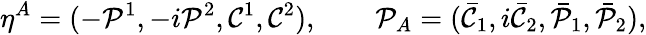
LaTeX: \eta^{A}=(-{\cal P}^{1},-i{\cal P}^{2},{\cal C}^{1},{\cal C}^{2}),\qquad{\cal P}_{A}=({\bar{\cal C}}_{1},i{\bar{\cal C}}_{2},{\bar{\cal P}}_{1},{\bar{\cal P}}_{2}),